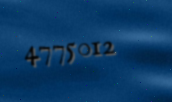
4775012